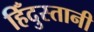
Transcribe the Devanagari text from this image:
हिँदुस्तानी